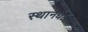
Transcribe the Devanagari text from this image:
स्थानधारक